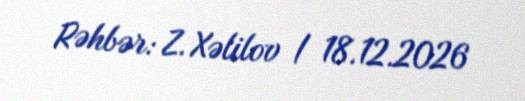
Rəhbər: Z. Xəlilov / 18.12.2026